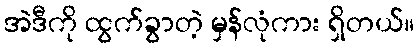
အဲဒီကို ထွက်ခွာတဲ့ မှန်လုံကား ရှိတယ်။